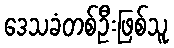
ဒေသခံတစ်ဦးဖြစ်သူ